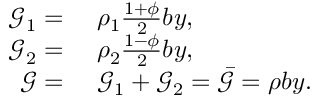
\begin{array} { r l } { \mathscr { G } _ { 1 } = } & { { } ~ \rho _ { 1 } \frac { 1 + \phi } { 2 } b y , } \\ { \mathscr { G } _ { 2 } = } & { { } ~ \rho _ { 2 } \frac { 1 - \phi } { 2 } b y , } \\ { \mathscr { G } = } & { { } ~ \mathscr { G } _ { 1 } + \mathscr { G } _ { 2 } = \bar { \mathscr { G } } = \rho b y . } \end{array}